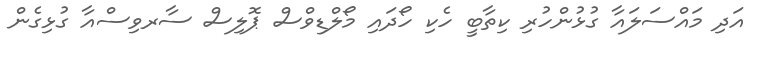
އަދި މައްސަލައާ ގުޅުންހުރި ކިތާބީ ހެކި ހޯދައި މޯލްޑިވްސް ޕޮލިސް ސާރވިސްއާ ގުޅިގެން